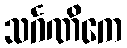
သင်္ဂဏိကေ